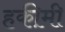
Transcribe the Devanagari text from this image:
हकी़मी